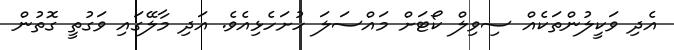
އެދި ވަކީލުންތަކެއް ސިވިލް ކޯޓަށް މައްސަލަ ހުށަހެޅިއެވެ. އަދި މާލޭގައި ވަގުތީ ގޮތުން